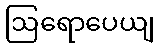
ဩရောပေယျ